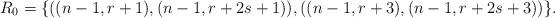
LaTeX: \begin{align*}R_0=\{((n-1, r+1), (n-1, r+2s+1)), ((n-1, r+3), (n-1, r+2s+3))\}.\end{align*}